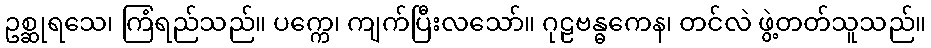
ဥစ္ဆုရသေ၊ ကြံရည်သည်။ ပက္ကေ၊ ကျက်ပြီးလသော်။ ဂုဠဗန္ဓကေန၊ တင်လဲ ဖွဲ့တတ်သူသည်။